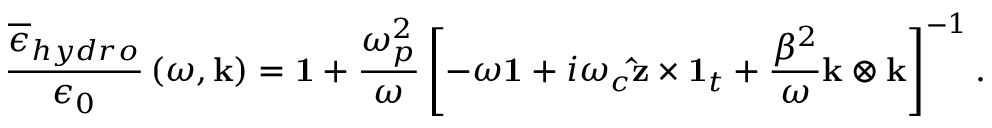
\frac { \overline { { \epsilon } } _ { h y d r o } } { \epsilon _ { 0 } } \left( \omega , \mathbf { k } \right) = \mathbf { 1 } + \frac { \omega _ { p } ^ { 2 } } { \omega } \left[ - \omega \mathbf { 1 } + i \omega _ { c } \mathbf { \hat { z } } \times \mathbf { 1 } _ { t } + \frac { \beta ^ { 2 } } { \omega } \mathbf { k } \otimes \mathbf { k } \right] ^ { - 1 } .